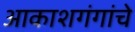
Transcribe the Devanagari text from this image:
आकाशगंगांचे